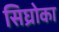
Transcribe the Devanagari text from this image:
सिघ्रोका